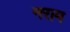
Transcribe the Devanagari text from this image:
नराम